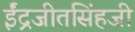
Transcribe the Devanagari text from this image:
ईंद्रजीतसिंहजी